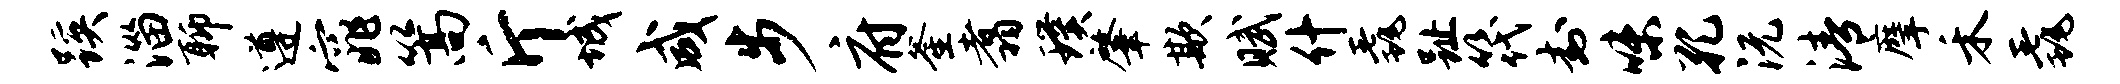
蹊淄聊遵窕篙斤城咸步府釜翥璞肇欺赋什毳趾筏封味孔沅清摩禾毳